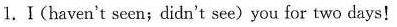
1.Ⅰ(haven't seen;didn't see) you for two days!